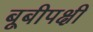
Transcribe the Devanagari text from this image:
बूबीपक्षी